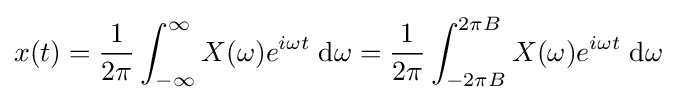
x(t)={1 \over 2\pi }\int _{-\infty }^{\infty }X(\omega )e^{i\omega t}\;{\rm {d}}\omega ={1 \over 2\pi }\int _{-2\pi B}^{2\pi B}X(\omega )e^{i\omega t}\;{\rm {d}}\omega